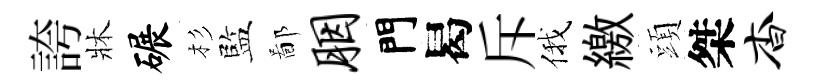
誇牀碾杉監鄙胭門曷斥俄繳頭桀杳